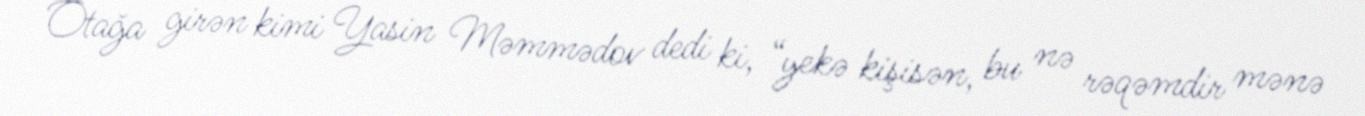
Otağa girən kimi Yasin Məmmədov dedi ki, “yekə kişisən, bu nə rəqəmdir mənə